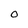
Character: 0